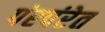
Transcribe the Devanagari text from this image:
पंरपंरेत